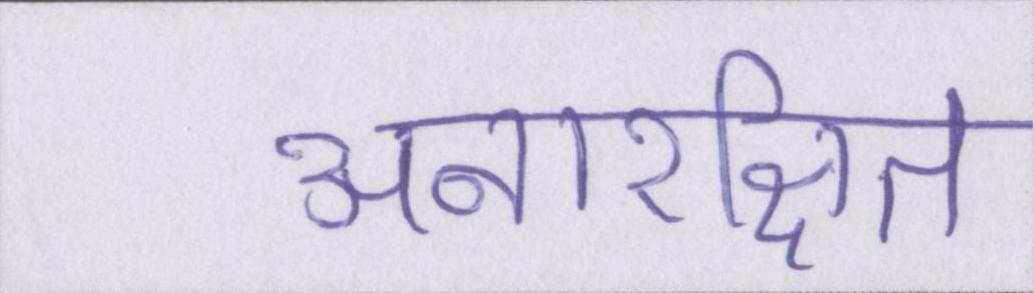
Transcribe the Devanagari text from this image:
अनारक्षित